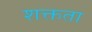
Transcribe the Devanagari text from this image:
शक्तता